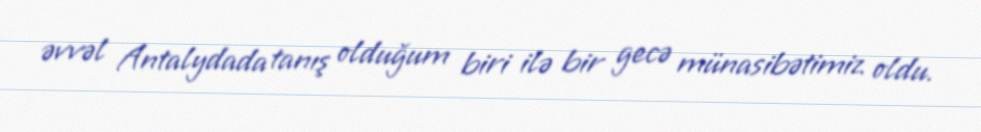
əvvəl Antalydada tanış olduğum biri ilə bir gecə münasibətimiz oldu.